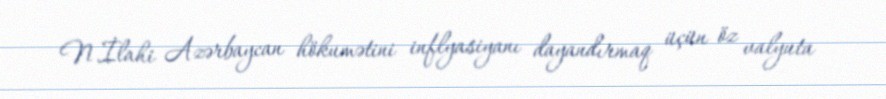
N.İlahi Azərbaycan hökumətini inflyasiyanı dayandırmaq üçün öz valyuta